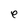
Character: e